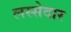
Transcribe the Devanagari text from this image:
लस्सेदार